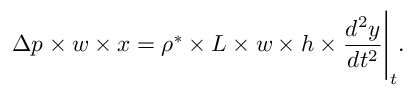
\Delta p \times w \times x = \rho ^ { * } \times L \times w \times h \times \frac { d ^ { 2 } y } { d t ^ { 2 } } \Bigg \rvert _ { t } .